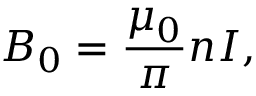
B _ { 0 } = \frac { \mu _ { 0 } } { \pi } n I ,